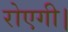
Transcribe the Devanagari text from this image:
रोएगी।